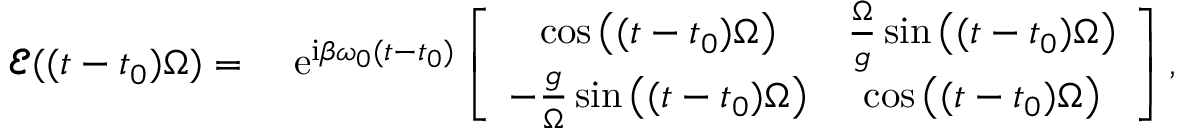
\begin{array} { r l } { \pmb { \mathcal { E } } ( ( t - t _ { 0 } ) \Omega ) = ~ } & { { } \mathrm { e } ^ { \mathrm { i } \beta \omega _ { 0 } ( t - t _ { 0 } ) } \left[ \begin{array} { c c } { \cos \big ( ( t - t _ { 0 } ) \Omega \big ) } & { \frac { \Omega } { g } \sin \big ( ( t - t _ { 0 } ) \Omega \big ) } \\ { - \frac { g } { \Omega } \sin \big ( ( t - t _ { 0 } ) \Omega \big ) } & { \cos \big ( ( t - t _ { 0 } ) \Omega \big ) } \end{array} \right] , } \end{array}